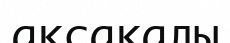
ақсақалы